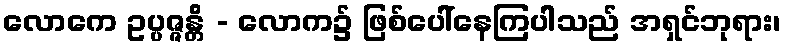
လောကေ ဥပ္ပဇ္ဇန္တိ - လောက၌ ဖြစ်ပေါ်နေကြပါသည် အရှင်ဘုရား၊